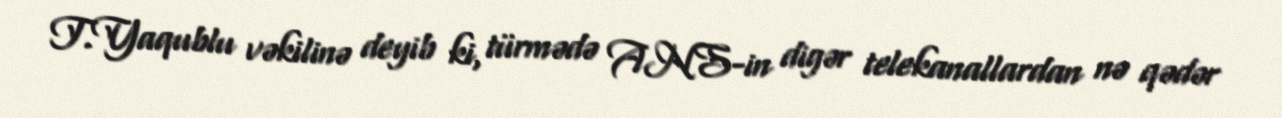
T.Yaqublu vəkilinə deyib ki, türmədə ANS-in digər telekanallardan nə qədər